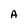
Character: A